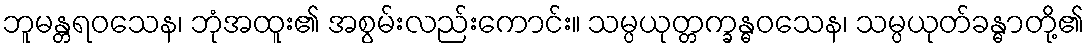
ဘူမန္တရဝသေန၊ ဘုံအထူး၏ အစွမ်းလည်းကောင်း။ သမ္ပယုတ္တက္ခန္ဓဝသေန၊ သမ္ပယုတ်ခန္ဓာတို့၏